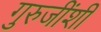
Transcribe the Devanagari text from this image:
गुरुजींशी